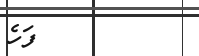
٨٣         ފަހެ